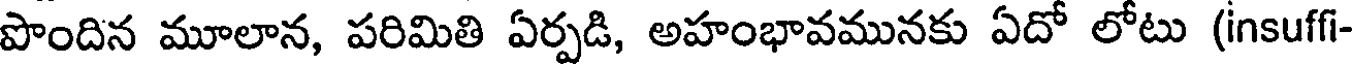
పొందిన మూలాన, పరిమితి ఏర్పడి, అహంభావమునకు ఏదో లోటు (insuffi-